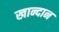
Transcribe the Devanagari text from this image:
खान्दान